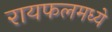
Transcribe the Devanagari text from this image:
रायफलमध्ये